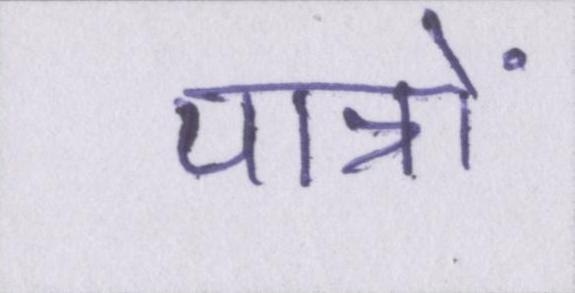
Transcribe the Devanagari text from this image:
पात्रों